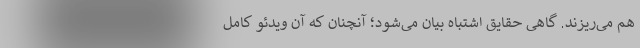
هم می‌ریزند. گاهی حقایق اشتباه بیان می‌شود؛ آنچنان که آن ویدئو کامل